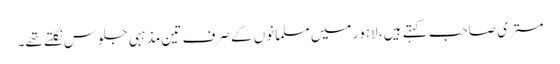
مستری صاحب کہتے ہیں، لاہور میں مسلمانوں کے صرف تین مذہبی جلوس نکلتے تھے۔